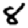
Digit: 8